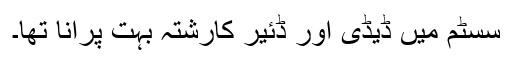
سسٹم میں ڈیڈی اور ڈئیر کارشتہ بہت پرانا تھا۔